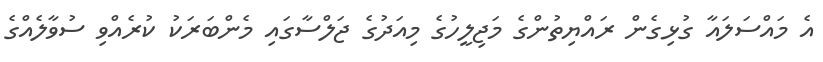
އެ މައްސަލައާ ގުޅިގެން ރައްޔިތުންގެ މަޖިލީހުގެ މިއަދުގެ ޖަލްސާގައި މެންބަރަކު ކުރެއްވި ސުވާލެއްގެ